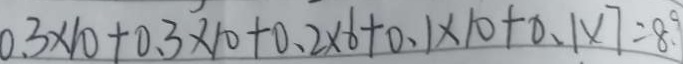
0 . 3 \times 1 0 + 0 . 3 \times 1 0 + 0 . 2 \times 6 + 0 . 1 \times 1 0 + 0 . 1 \times 7 = 8 .